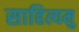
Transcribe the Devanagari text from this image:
साहित्यमु